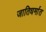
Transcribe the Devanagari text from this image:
जातिधर्मात